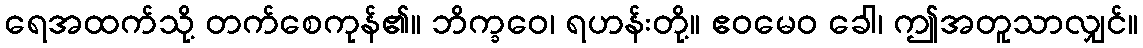
ရေအထက်သို့ တက်စေကုန်၏။ ဘိက္ခဝေ၊ ရဟန်းတို့။ ဧဝမေဝ ခေါ၊ ဤအတူသာလျှင်။